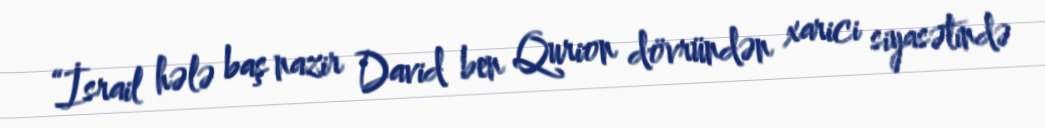
“İsrail hələ baş nazir David ben Qurion dövründən xarici siyasətində